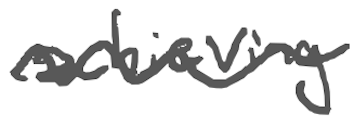
Text: achieving
Cross-out: wave
Writing tool: digital_gray